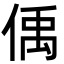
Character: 偊